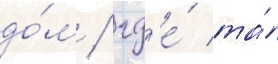
до́м / гд'е́ та́